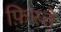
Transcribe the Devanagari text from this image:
फ़िरते